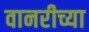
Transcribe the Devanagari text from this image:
वानरीच्या